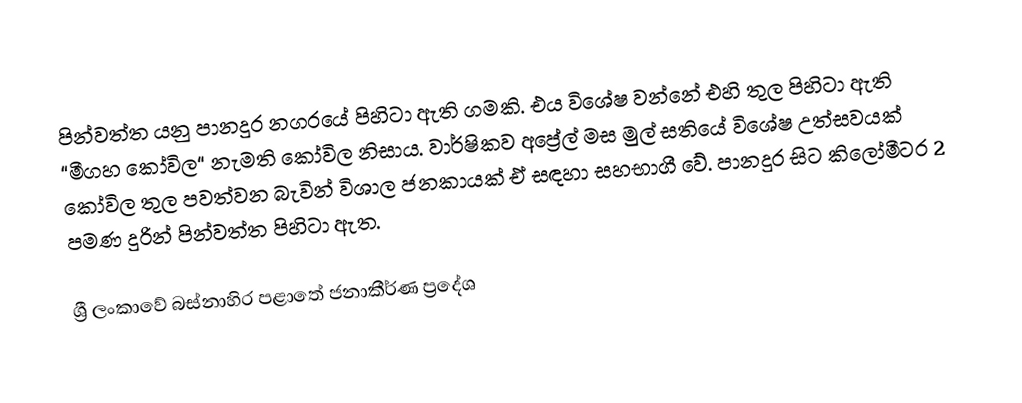
පින්වත්ත යනු පානදුර නගරයේ පිහිටා ඇති ගමකි. එය විශේෂ වන්නේ එහි තුල පිහිටා ඇති “මීගහ කෝවිල“ නැමති කෝවිල නිසාය. වාර්ෂිකව අප්‍රේල් මස මුල් සතියේ විශේෂ උත්සවයක් කෝවිල තුල පවත්වන බැවින් විශාල ජනකායක් ඒ සඳහා සහභාගී වේ. පානදුර සිට කිලෝමීටර 2 පමණ දුරින් පින්වත්ත පිහිටා ඇත.

ශ්‍රී ලංකාවේ බස්නාහිර පළාතේ ජනාකීර්ණ ප්‍රදේශ